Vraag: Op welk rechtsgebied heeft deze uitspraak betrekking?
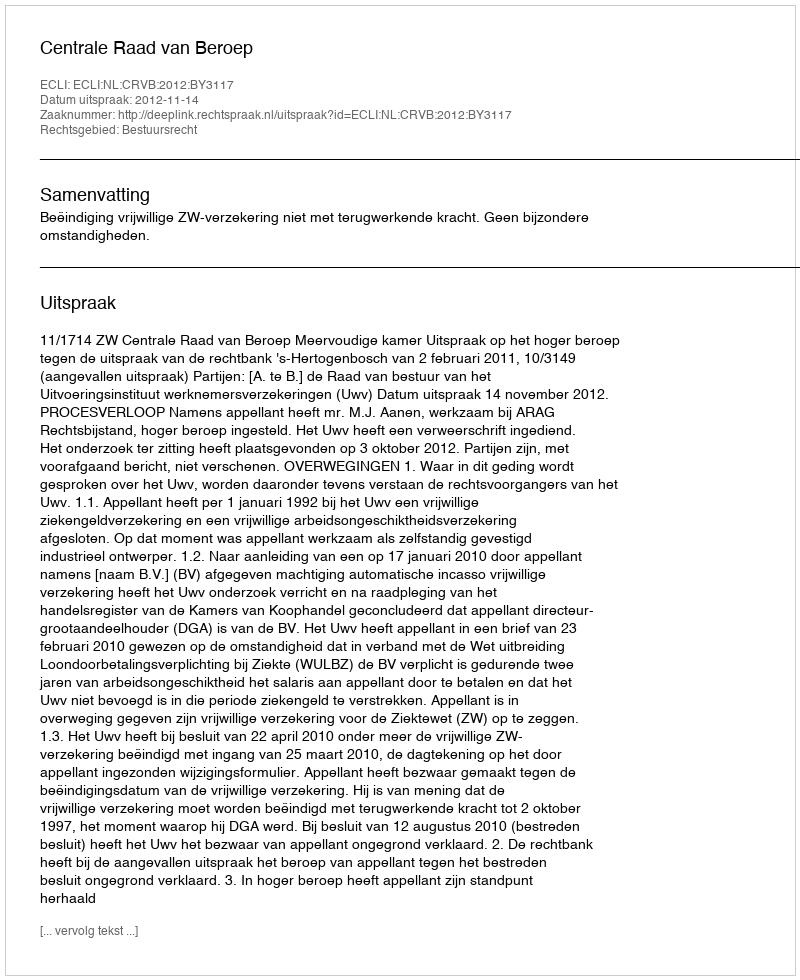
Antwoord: Bestuursrecht